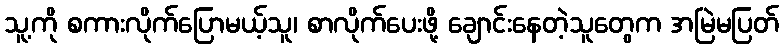
သူ့ကို စကားလိုက်ပြောမယ့်သူ၊ စာလိုက်ပေးဖို့ ချောင်းနေတဲ့သူတွေက အမြဲမပြတ်